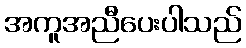
အကူအညီပေးပါသည်